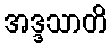
အဒ္ဒသာတိ